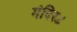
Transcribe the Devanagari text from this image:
मंदिर८